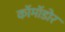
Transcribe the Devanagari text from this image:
कॉमॉडोर